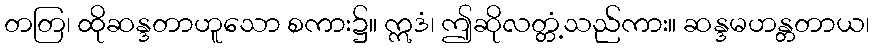
တတြ၊ ထိုဆန္ဒတာဟူသော စကား၌။ ဣဒံ၊ ဤဆိုလတ္တံ့သည်ကား။ ဆန္ဒမဟန္တတာယ၊